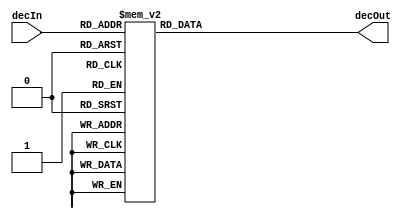
module decoder(
	output reg[15:0] decOut,
	input	[3:0] decIn
);
							
							
always @ (decIn)
	begin
		case (decIn)
			0  : decOut<=16'b0000000000000001;
			1  : decOut<=16'b0000000000000010;
			2  : decOut<=16'b0000000000000100;
			3  : decOut<=16'b0000000000001000;
			4  : decOut<=16'b0000000000010000;
			5  : decOut<=16'b0000000000100000;
			6  : decOut<=16'b0000000001000000;
			7  : decOut<=16'b0000000010000000;
			8  : decOut<=16'b0000000100000000;
			9  : decOut<=16'b0000001000000000;
			10 : decOut<=16'b0000010000000000;
			11 : decOut<=16'b0000100000000000;
			12 : decOut<=16'b0001000000000000;
			13 : decOut<=16'b0010000000000000;
			14 : decOut<=16'b0100000000000000;
			15 : decOut<=16'b1000000000000000;
			default: decOut<=16'bx;
		endcase
	end
endmodule